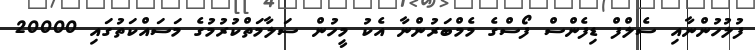
ފުލުހުންނާއި ސެލްފް ޑިފެންސް ފޯސްގެ މެމްބަރުންނާ އެކު މީހުން ސަލާމަތްކުރުމުގެ މަސައްކަތުގައި 20000